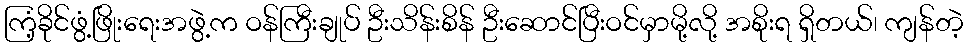
ကြံ့ခိုင်ဖွံ့ဖြိုးရေးအဖွဲ့က ဝန်ကြီးချုပ် ဦးသိန်းစိန် ဦးဆောင်ပြီးဝင်မှာမို့လို့ အစိုးရ ရှိတယ်၊ ကျန်တဲ့